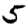
Digit: 5